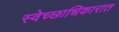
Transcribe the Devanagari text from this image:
स्वेच्छाधिकारात